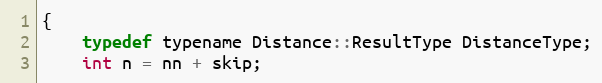
Language: C
{
    typedef typename Distance::ResultType DistanceType;
    int n = nn + skip;